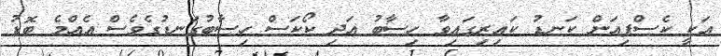
އަކީ ކެސްޕިއަން ކަނޑު ކައިރިގައިވާ ހިސާބު އަދި ކޯކަސް ހިސާބުގަނޑުގެވެސް އެއްމެ ބޮޑު